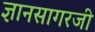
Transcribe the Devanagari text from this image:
ज्ञानसागरजी